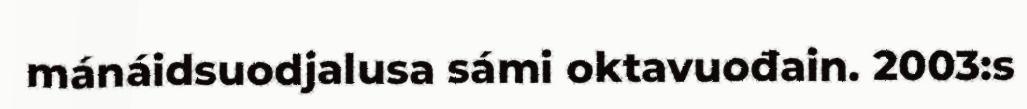
mánáidsuodjalusa sámi oktavuođain. 2003:s